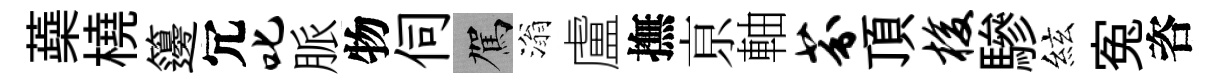
蘃橈籩冗叱脈物伺駕滃盧撫亰軸芬頂梭驂絃寃咨